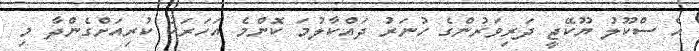
އެ ސްކޫލު ޔޫކޭޖީ ދަރިވަރުންގެ ހުނަރު ދައްކާލުމަ ކޮންމެ އަހަރަކު ކުރިއަށްގެންދާ މި